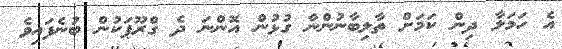
އެ ހަމަލާ ދިން ކަމަށް ތާލިބާނުންނާ ގުޅުން އޮންނަ ދެ ގްރޫޕަކުން ބުނެފައިވެ